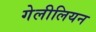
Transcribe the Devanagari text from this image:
गेलीलियन